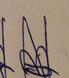
Signature authenticity: forged